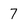
Character: 7